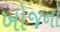
ખોજનો